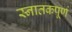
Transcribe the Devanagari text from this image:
स्नातकपूर्ण